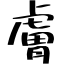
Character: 膚